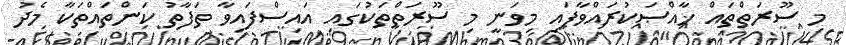
މި ސޫރަތްތައް ޚާއްޞަކުރައްވާފައި މިވަނީ މި ސޫރަތްތަކުގައި އައިސްފައިވާ ތަފާތު ކަންތައްތަކާ މެދު